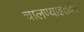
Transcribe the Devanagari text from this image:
चालण्याइतकी